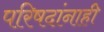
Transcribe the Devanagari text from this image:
परिषदांनाही